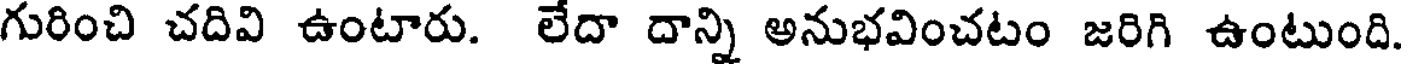
గురించి చదివి ఉంటారు. లేదా దాన్ని అనుభవించటం జరిగి ఉంటుంది